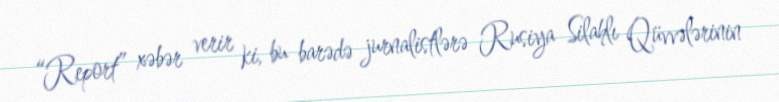
“Report” xəbər verir ki, bu barədə jurnalistlərə Rusiya Silahlı Qüvvələrinin